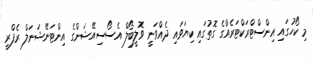
މި ކޯހުގައި އިންސްޓްރަކްޓަރެއްގެ ގޮތުގައި ކިޔަވައި ދެއްވަނީ ވޮލީބޯލް އެސޯސިއޭޝަންގެ އިންޓަނޭޝަނަލް ރެފްރީ